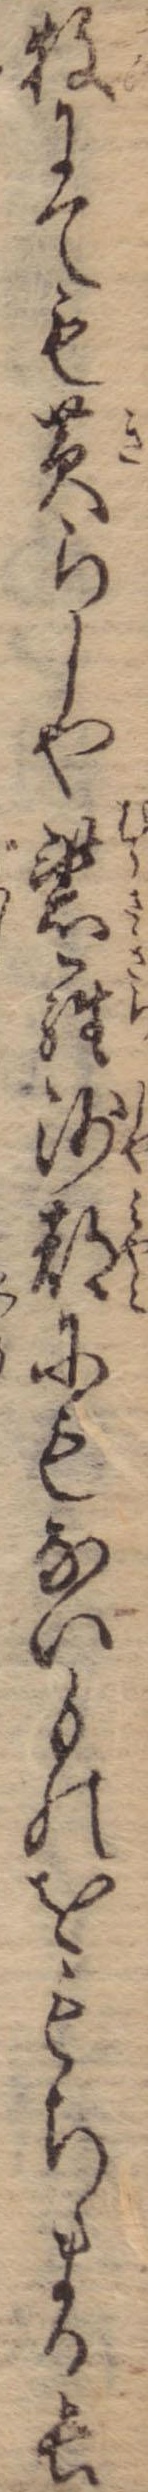
牧にても黄らしや紫羅沙都にもないものをもちまる長